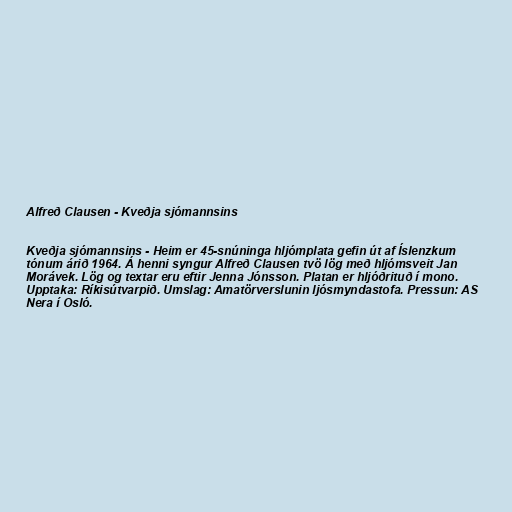
Alfreð Clausen - Kveðja sjómannsins

Kveðja sjómannsins - Heim er 45-snúninga hljómplata gefin út af Íslenzkum
tónum árið 1964. Á henni syngur Alfreð Clausen tvö lög með hljómsveit Jan
Morávek. Lög og textar eru eftir Jenna Jónsson. Platan er hljóðrituð í mono.
Upptaka: Ríkisútvarpið. Umslag: Amatörverslunin ljósmyndastofa. Pressun: AS
Nera í Osló.